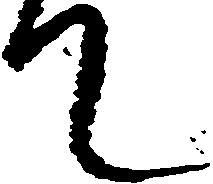
て